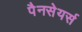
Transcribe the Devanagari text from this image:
पैनसेयर्स